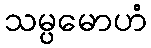
သမ္ပမောဟံ